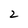
Character: 2